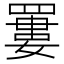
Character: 𦌁